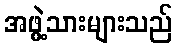
အဖွဲ့သားများသည်